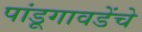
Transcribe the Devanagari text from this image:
पांडूगावडेंचे